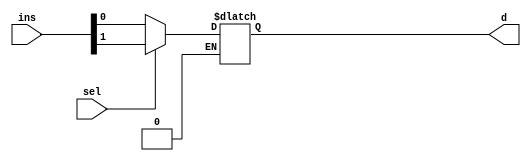
module muxn(ins,sel,d);
	parameter dwidth = 1; //Data Bitwidth
	parameter swidth = 1; //Select Bitwidth
	localparam seln = 2**swidth;
	
	input [seln*dwidth-1:0] ins;
	input [swidth-1:0] sel;
	output reg [dwidth-1:0] d;
	
	integer i;
	
	always@(ins, sel) begin
		for(i=0;i<seln;i=i+1) begin
			if(i==sel)
				d = ins[i*dwidth-:dwidth];
		end
	end
endmodule